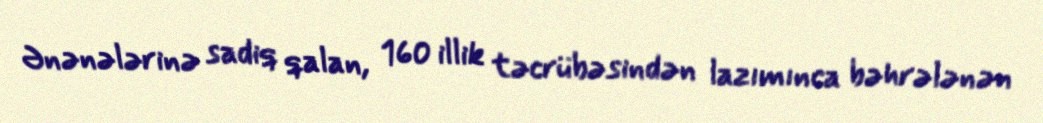
Ənənələrinə sadiq qalan, 160 illik təcrübəsindən lazımınca bəhrələnən